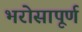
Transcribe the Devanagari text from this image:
भरोसापूर्ण